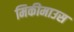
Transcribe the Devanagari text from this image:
मिकीमाउस